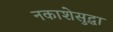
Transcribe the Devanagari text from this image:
नकाशेसुद्धा